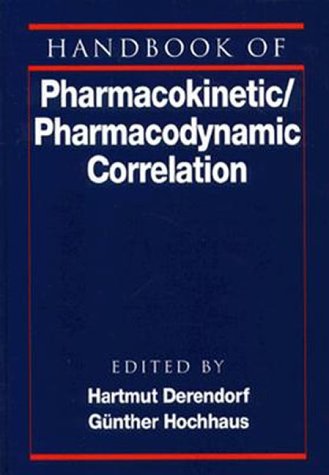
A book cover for Handbook of Pharmacokinetic/Pharmacodynamic Correlation (Handbooks in Pharmacology and Toxicology); Medical Books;